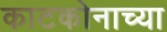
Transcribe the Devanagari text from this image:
काटकोनाच्या